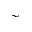
\sim